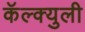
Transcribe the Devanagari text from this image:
कॅल्क्युली